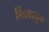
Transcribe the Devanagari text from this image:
शिश्नातून